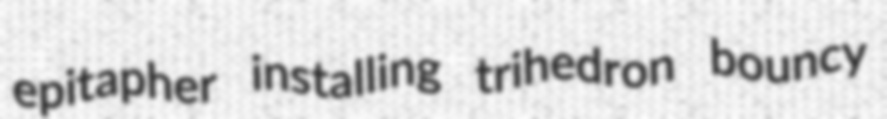
epitapher installing trihedron bouncy